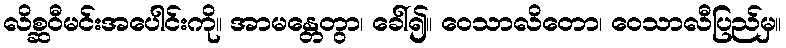
လိစ္ဆဝီမင်းအပေါင်းကို။ အာမန္တေတွာ၊ ခေါ်၍။ ဝေသာလိတော၊ ဝေသာလီပြည်မှ။